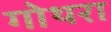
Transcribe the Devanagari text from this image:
गोथरा